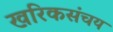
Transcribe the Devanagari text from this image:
खरिकसंचय